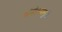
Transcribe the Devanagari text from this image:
धांडोळ्यामुळे